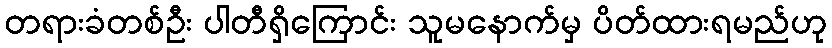
တရားခံတစ်ဦး ပါတီရှိကြောင်း သူမနောက်မှ ပိတ်ထားရမည်ဟု